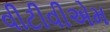
વીટીવીએમ